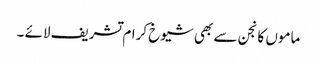
ماموں کانجن سے بھی شیوخ کرام تشریف لائے ۔